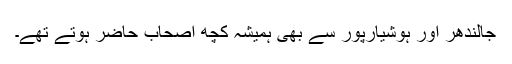
جالندھر اور ہوشیارپور سے بھی ہمیشہ کچھ اصحاب حاضر ہوتے تھے۔